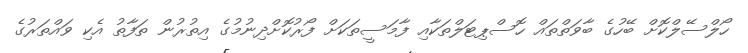
ހޯލްސޭލްކޮށް ބޭހުގެ ބާވަތްތައް ހޮސްޕިޓަލްތަކާއި ފާމަސީތަކަށް ފޯރުކޮށްދިނުމުގެ އިތުރުން ތަފާތު އެކި ވައްތަރުގެ